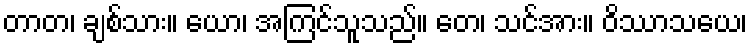
တာတ၊ ချစ်သား။ ယော၊ အကြင်သူသည်။ တေ၊ သင်အား။ ဝိဿာသယေ၊